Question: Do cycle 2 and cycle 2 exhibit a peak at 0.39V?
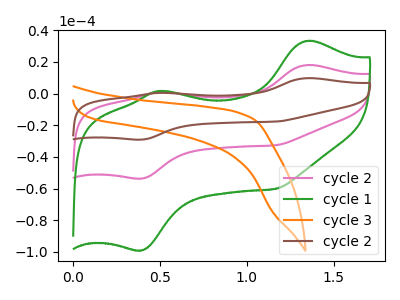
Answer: <think>The pink curve "cycle 2" has anodic peaks at (1.35V, 18.10uA) (0.50V, 0.95uA) and cathodic peaks at (0.40V, -53.65uA) (1.15V, -32.55uA). The green curve "cycle 1" has anodic peaks at (1.35V, 33.40uA) (0.50V, 1.75uA) and cathodic peaks at (0.40V, -99.00uA) (1.15V, -60.10uA). The orange curve "cycle 3" has no peaks. The brown curve "cycle 2" has anodic peaks at (1.35V, 36.20uA) (0.50V, 1.90uA) and cathodic peaks at (0.40V, -107.30uA) (1.15V, -65.15uA).</think>
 <answer>Yes, "cycle 2" and "cycle 2" share a peak at 0.39V.</answer>
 <eval>match</eval>